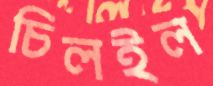
চিলইল